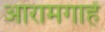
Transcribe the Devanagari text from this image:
आरामगाहें